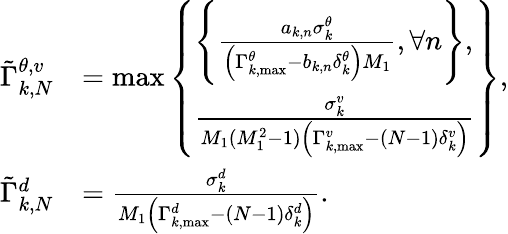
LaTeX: \begin{array}{rl}{\tilde{\Gamma}_{k,N}^{\theta,v}}&{=\operatorname*{max}\left\{ \begin{array}{l}{\left\{ {\frac{{{a_{k,n}}\sigma_{k}^{\theta}}}{{\left({\Gamma_{k,\mathrm{{max}}}^{\theta}-{b_{k,n}}\delta_{k}^{\theta}}\right){M_{1}}}},\forall n}\right\} ,}\\ {\frac{{\sigma_{k}^{v}}}{{{M_{1}}(M_{1}^{2}-1)\left({\Gamma_{k,{\mathrm{max}}}^{v}-\left({N-1}\right)\delta_{k}^{v}}\right)}}}\end{array}\right\} ,}\\ {\tilde{\Gamma}_{k,N}^{d}}&{=\frac{{\sigma_{k}^{d}}}{{{M_{1}}\left({\Gamma_{k,\mathrm{max}}^{d}-\left({N-1}\right)\delta_{k}^{d}}\right)}}.}\end{array}